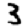
Digit: 3